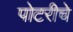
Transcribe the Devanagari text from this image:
पोटरीचे